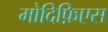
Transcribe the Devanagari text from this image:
मोदिफ़िएस